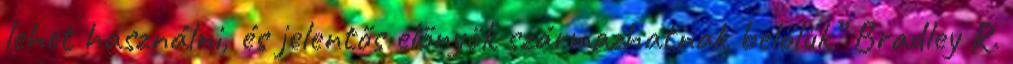
lehet használni, és jelentős előnyök származhatnak belőlük” Bradley R.